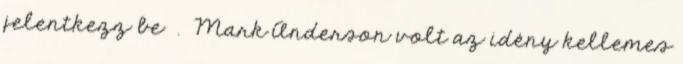
jelentkezz be . Mark Anderson volt az idény kellemes